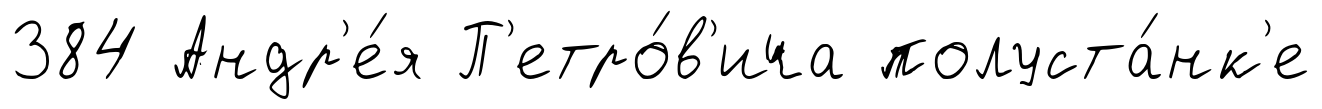
384 Андр'е́я П'етро́в'ича полуста́нк'е